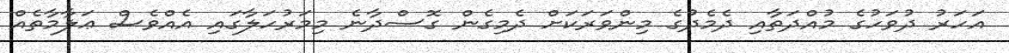
އަހަރު ދުވަހުގެ މުއްދަތާއި ދެމެދުގެ މިންވަރަކަށް ދެމިގެން ގޮސްދާނެ މިމަރުހަލާގައި އެއްވެސް ޢަލާމާތެއް